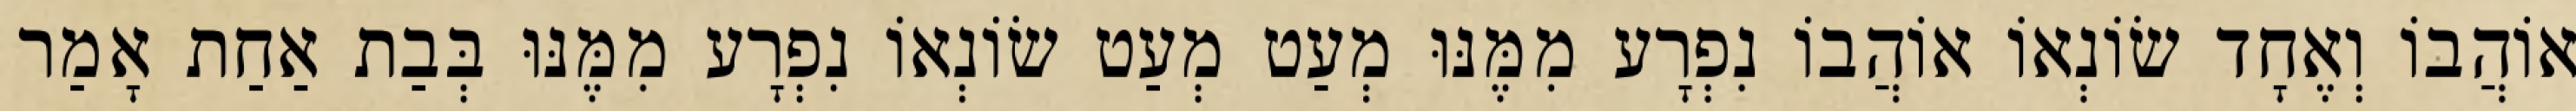
אוֹהֲבוֹ וְאֶחָד שׂוֹנְאוֹ אוֹהֲבוֹ נִפְרָע מִמֶּנּוּ מְעַט מְעַט שׂוֹנְאוֹ נִפְרָע מִמֶּנּוּ בְּבַת אַחַת אָמַר